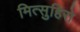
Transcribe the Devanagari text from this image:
मित्सुहिरो